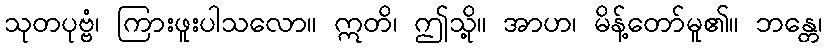
သုတပုဗ္ဗံ၊ ကြားဖူးပါသလော။ ဣတိ၊ ဤသို့။ အာဟ၊ မိန့်တော်မူ၏။ ဘန္တေ၊